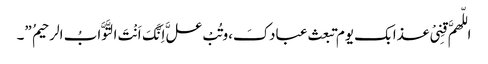
اللّهمَّ قِنِیْ عذابک یوم تبعث عبادکَ،وتُبْ علَّ اِنَّکَ اَنْتَ التَّوَّابُ الرحیمُ ”۔